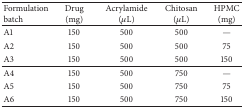
| Formulation batch | Drug (mg) | Acrylamide (μL) | Chitosan (μL) | HPMC (mg) |
 | --- | --- | --- | --- | --- |
 | A1 | 150 | 500 | 500 | — |
 | A2 | 150 | 500 | 500 | 75 |
 | A3 | 150 | 500 | 500 | 150 |
 | A4 | 150 | 500 | 750 | — |
 | A5 | 150 | 500 | 750 | 75 |
 | A6 | 150 | 500 | 750 | 150 |